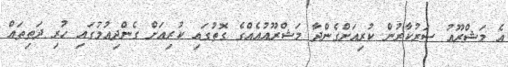
އެ މަޝްރޫޢު ސަރުކާރުން ކުރިއަށްގެންދާ މަޝްރޫޢުއެއްގެ ގޮތުގައި ކުރިއަށް ގެންދިއުމުގައި ހުރި ދަތިތައް